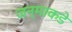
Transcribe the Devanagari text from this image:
जन्माकडे